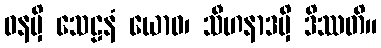
ဓနမှိ သေဠနံ ယောဓ၊ သီဟနာဒမှိ ဒိဿတိ။